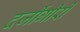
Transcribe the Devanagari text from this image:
दर्जीगीरी